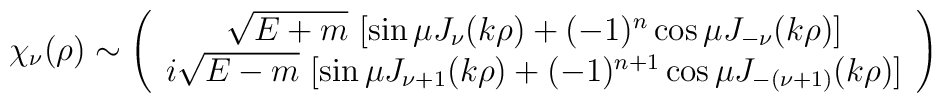
\chi_{\nu}(\rho)\sim \left(\begin{array}{c}\sqrt{E+m}\ [\sin\mu J_{\nu}(k\rho) +(-1)^n \cos\mu J_{-\nu}(k\rho)] \\i\sqrt{E-m}\ [\sin\mu J_{\nu+1}(k\rho) +(-1)^{n+1} \cos\mu J_{-(\nu+1)}(k\rho)] \\\end{array}\right)